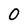
Character: 0